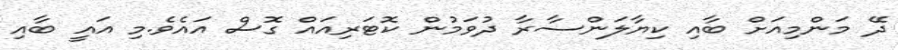
ދޭ މަންމިއަށް ބާއި ކިޔާލަންސާރާ ދުވަމުން ކޮޓަރިއައް ގޮސް އައެވެ.މި އައީ ބާއި